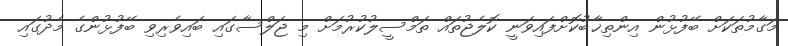
މަގާމުތަކަށް ބޭފުޅުން އިންތިޚާބުކޮށްފައިވަނީ ކޮލެޖުތައް ތަމްސީލުކުރުމަށް މި ޖަލްސާގައި ބައިވެރިވި ބޭފުޅުންގެ މެދުގައި